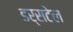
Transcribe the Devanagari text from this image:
डर्सटेल